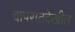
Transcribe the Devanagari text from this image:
वापरातदेखील